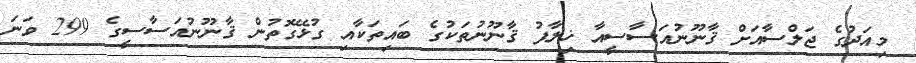
މިއަދުގެ ޖަލްސާއަށް ޤާނޫނުއަސާސީއާ ޚިލާފު ޤާނޫނުތަކުގެ ބައިތަކާއި ގުޅޭގޮތުން ޤާނޫނުއަސާސީގެ 299 ވަނަ